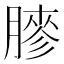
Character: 𦟬